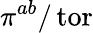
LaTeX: \pi^{ab}/\operatorname{tor}